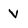
Character: V